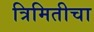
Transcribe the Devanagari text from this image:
त्रिमितीचा